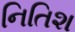
નિતિશ